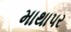
માથાપર